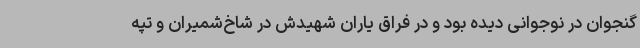
گنجوان در نوجوانی دیده بود و در فراق یاران شهیدش در شاخ‌شمیران و تپه